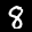
Label: 8